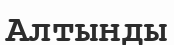
Алтынды